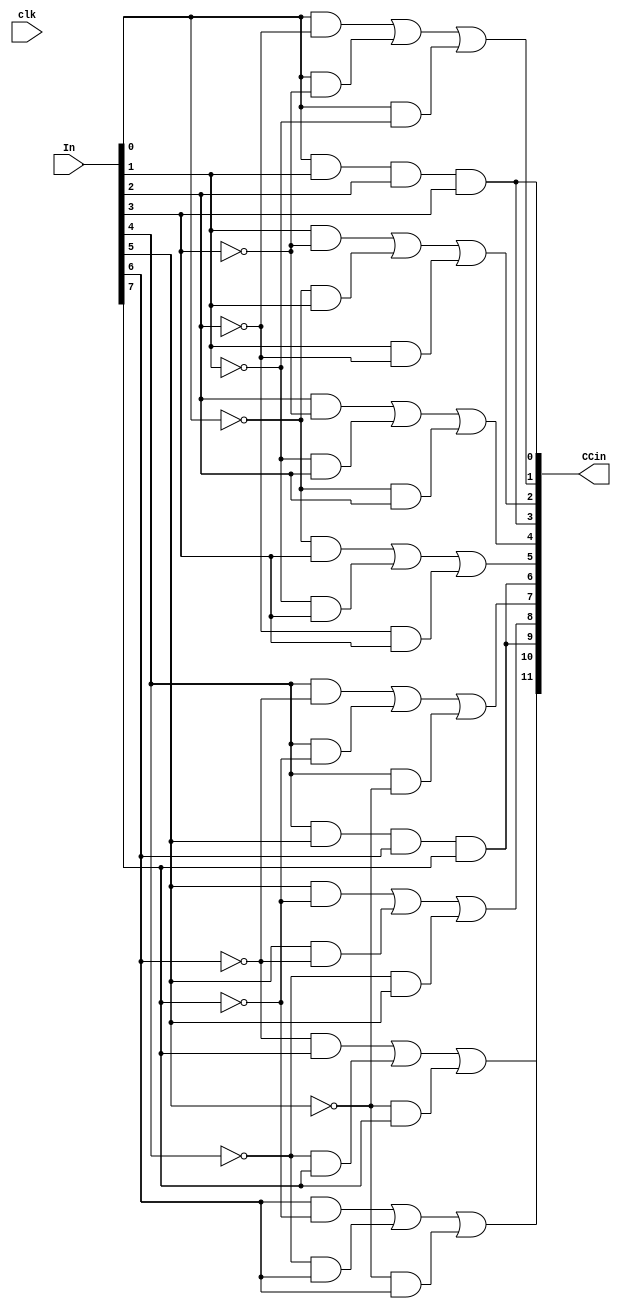
// This program was cloned from: https://github.com/SimNabong/4-Sensored-Brushless-DC-BLDC-Controller-with-UART-
// License: MIT License

//all 4 motors can individually be control to either spin CW, spin CCW, and regen brake 2. for regen brake 1, they brake together in 2's. motor 1 and 2 together and 3 and 4 together. 
//the 4 functions each motor has is clockwise spin,counter-clockwise spin, regenerative brakeing using high-side mosfets, and regen brakeing using the low-side mosfets
//this is a diverging combinationalcircuit that goes from 8(the 8-bits from the UART receiver) to 12(the input for the commutation controller for the motor)
module Diverging8bit(
	input [7:0] In, //8-bit input from the receiver
	input clk,
	output [11:0]CCin //commutationcontroller input 0to2 is M1,3-5 is m2,6-8 is m3,9-11 is m4
//these outputs are fed into the motor commutatiom controller, each motor having individual commutiontion controller with 3 input each
);

	assign CCin[0]= In[0]&In[1]&In[2]&In[3];
	assign CCin[3] = In[0]&In[1]&In[2]&In[3];
	
	assign CCin[1] = In[0]&~In[2] | In[0]&~In[3] | In[0]&~In[1];
	assign CCin[2] = In[1]&~In[3] | ~In[0]&In[1] | In[1]&~In[2];
	
	assign CCin[4] = In[2]&~In[3] | ~In[1]&In[2] | ~In[0]&In[2];
	assign CCin[5] = ~In[0]&In[3] | ~In[1]&In[3] | ~In[2]&In[3];
	
	assign CCin[6] = In[4]&In[5]&In[6]&In[7];
	assign CCin[9] = In[4]&In[5]&In[6]&In[7];
	
	assign CCin[7] = In[4]&~In[6] | In[4]&~In[7] | In[4]&~In[5];
	assign CCin[8] = In[5]&~In[7] | In[5]&~In[6] | ~In[4]&In[5];
	
	assign CCin[10] = In[6]&~In[7] | ~In[4]&In[6] | ~In[5]&In[6];
	assign CCin[11] = ~In[6]&In[7] | ~In[4]&In[7] | ~In[5]&In[7];
	

endmodule